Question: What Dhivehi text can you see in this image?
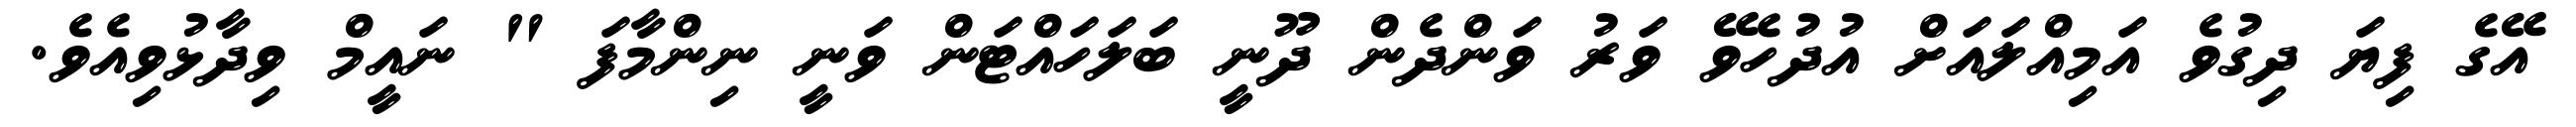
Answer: އޭގެ ފިޔަ ދިގުވެ އަމިއްލައަށް އުދުހެވޭ ވަރު ވަންދެން ދޫނީ ބަލަހައްޓަން ވަނީ ނިންމާފަ " ނައީމް ވިދާޅުވިއެވެ.